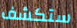
ستكشف